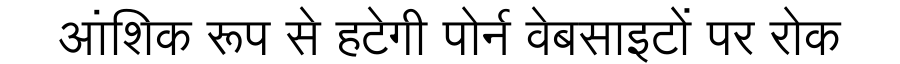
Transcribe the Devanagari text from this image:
आंशिक रूप से हटेगी पोर्न वेबसाइटों पर रोक